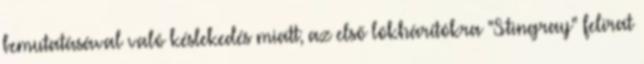
bemutatásával való késlekedés miatt; az első lökhárítókra "Stingray" felirat